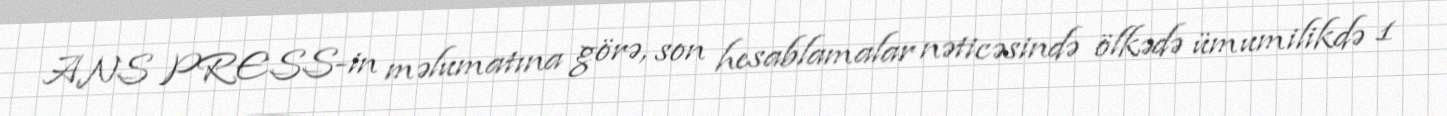
ANS PRESS-in məlumatına görə, son hesablamalar nəticəsində ölkədə ümumilikdə 1